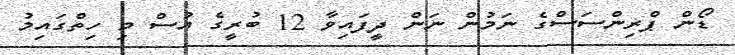
ޑޯން ޕްރިންސަސްގެ ނަމުން ނަން ދީފައިވާ 12 ބުރީގެ އުސް މި ހިތްގައިމު